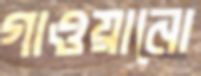
গাওয়ানো